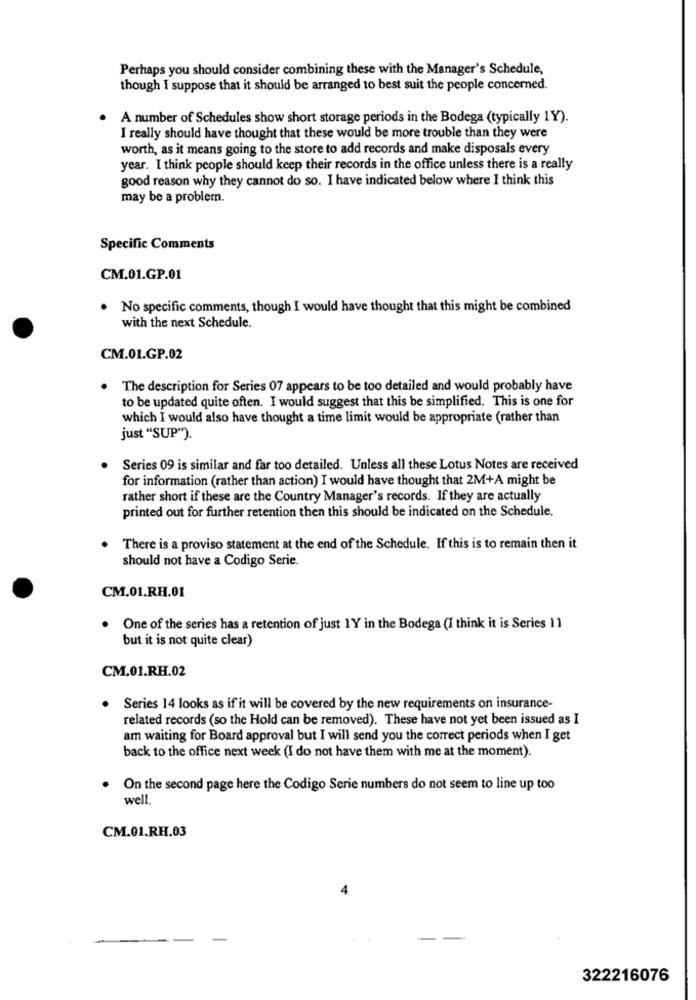
Perhaps you should consider combining these with the Manager's Schedule,
though I suppose that it should be arranged to best suit the people concerned.
A number of Schedules show short storage periods in the Bodega (typically 1Y).
I really should have thought that these would be more trouble than they were
worth, as it means going to the store to add records and make disposals every
year. I think people should keep their records in the office unless there is a really
good reason why they cannot do so. I have indicated below where I think this
may be a problem.
Specific Comments
CM.01.GP.01
No specific comments, though I would have thought that this might be combined
with the next Schedule.
CM.01.GP.02
The description for Series 07 appears to be too detailed and would probably have
to be updated quite often. I would suggest that this be simplified. This is one for
which I would also have thought a time limit would be appropriate (rather than
just "SUP"").
Series 09 is similar and far too detailed. Unless all these Lotus Notes are received
for information (rather than action) I would have thought that 2M+A might be
rather short if these are the Country Manager's records. If they are actually
printed out for further retention then this should be indicated on the Schedule.
There is a proviso statement at the end of the Schedule. If this is to remain then it
should not have a Codigo Serie.
CM.01.RH.01
One of the series has a retention of just 1Y in the Bodega (I think it is Series 11
but it is not quite clear)
CM.01.RH.02
Series 14 looks as if it will be covered by the new requirements on insurance-
related records (so the Hold can be removed). These have not yet been issued as I
am waiting for Board approval but I will send you the correct periods when I get
back to the office next week (I do not have them with me at the moment).
On the second page here the Codigo Serie numbers do not seem to line up too
well.
CM.01.RH.03
322216076